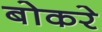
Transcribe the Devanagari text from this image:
बोकरे